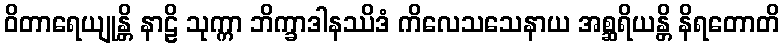
ဝိတာရေယျုန္တိ နာဠိ သုက္ကာ ဘိက္ခာဒါနဿိဒံ ကိလေသသေနာယ အစ္ဆရိယန္တိ နိရတောတိ